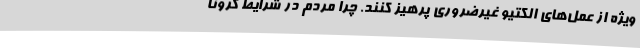
ویژه از عمل‌های الکتیو غیرضروری پرهیز کنند. چرا مردم در شرایط کرونا